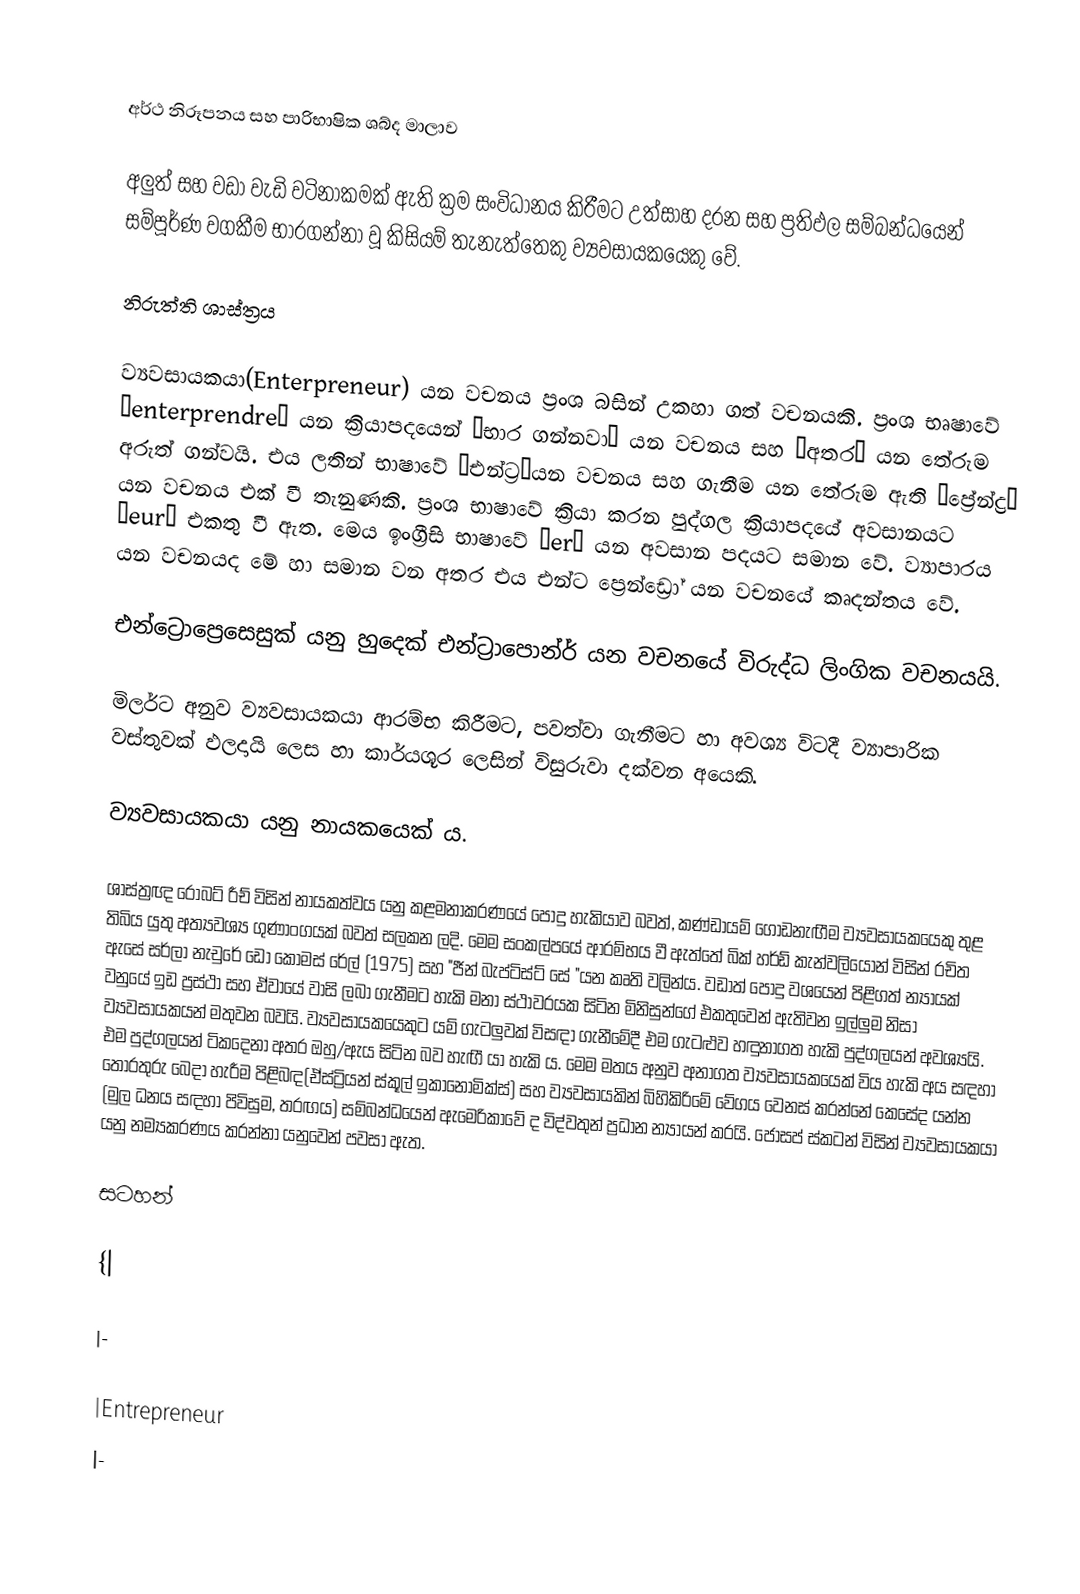

අර්ථ නිරූපනය සහ පාරිභාෂික ශබ්ද මාලාව

අලුත් සහ වඩා වැඩි වටිනාකමක් ඇති ක්‍රම සංවිධානය කිරීමට උත්සාහ දරන සහ ප්‍රතිඵල සම්බන්ධයෙන් සම්පූර්ණ වගකීම භාරගන්නා වූ කිසියම් තැනැත්තෙකු ව්‍යවසායකයෙකු වේ.

නිරුත්ති ශාස්ත්‍රය

ව්‍යවසායකයා(Enterpreneur) යන වචනය ප්‍රංශ බසින් උකහා ගත් වචනයකි. ප්‍රංශ භෘෂාවේ “enterprendre” යන ක්‍රියාපදයෙන් “භාර ගන්නවා” යන වචනය සහ “අතර” යන තේරුම  අරුත් ගන්වයි. එය ලතින් භාෂාවේ “එන්ට්‍ර”යන වචනය සහ ගැනීම යන තේරුම  ඇති “ප්‍රේන්ද්‍ර” යන වචනය එක් වී තැනුණකි. ප්‍රංශ භාෂාවේ ක්‍රියා කරන පුද්ගල ක්‍රියාපදයේ අවසානයට “eur” එකතු වී ඇත. මෙය ඉංග්‍රීසි භාෂාවේ  “er”  යන අවසාන පදයට සමාන වේ. ව්‍යාපාරය යන වචනයද මේ හා සමාන වන අතර එය එන්ට ප්‍රෙන්ඩ්‍රෝ යන වචනයේ කෘදන්තය වේ.

එන්ට්‍රොප්‍රෙසෙසුක් යනු හුදෙක් එන්ට්‍රාපොන්ර්  යන වචනයේ විරුද්ධ ලිංගික වචනයයි.

මිලර්ට අනුව ව්‍යවසායකයා ආරම්භ කිරීමට, පවත්වා ගැනීමට හා අවශ්‍ය විටදී  ව්‍යාපාරික වස්තුවක් ඵලදායි ලෙස හා කාර්යශූර ලෙසින් විසුරුවා දක්වන අයෙකි.

ව්‍යවසායකයා යනු නායකයෙක් ය.

ශාස්ත්‍රඥ රොබට්  රීච් විසින් නායකත්වය යනු කළමනාකරණයේ පොදු හැකියාව ‍බවත්, කණ්ඩායම් ගොඩනැඟීම ව්‍යවසායකයෙකු තුළ තිබිය යුතු අත්‍යවශ්‍ය ගුණාංගයක් බවත් සලකන ලදි. මෙම සංකල්පයේ ආරම්භය වී ඇත්තේ බික් හර්ඩ්  කැන්වලියෝන් විසින් රචිත  ඇසේ සර්ලා නැචුරේ ඩෝ කොමස් රේල් (1975)  සහ "ජීන් බැප්ටිස්ට් සේ "යන කෘති වලින්ය. වඩාත් පොදු වශයෙන් පිළිගත් න්‍යායක් වනුයේ ඉඩ ප්‍රස්ථා සහ ඒවායේ වාසි ලබා ගැනීමට හැකි මනා ස්ථාවරයක සිටින  මිනිසුන්ගේ එකතුවෙන් ඇතිවන ඉල්ලුම නිසා ව්‍යවසායකයන් මතුවන බවයි. ව්‍යවසායකයෙකුට යම් ගැටලුවක් විසඳා ගැනීමේදී එම ගැටළුව හඳුනාගත හැකි  පුද්ගලයන් අවශ්‍යයි. එම පුද්ගලයන් ටිකදෙනා අතර ඔහු/ඇය සිටින බව හැඟී යා හැකි ය. මෙම මතය අනුව අනාගත ව්‍යවසායකයෙක් විය හැකි අය සඳහා තොරතුරු බෙදා හැරීම පිළිබඳ(ඒස්ට්‍රියන් ස්කූල් ඉකානොමික්ස්) සහ ව්‍යවසායකින් බිහිකිරිමේ වේගය වෙනස් කරන්නේ කෙසේද යන්න (මුල ධනය සඳහා පිවිසුම, තරඟය) සම්බන්ධයෙන් ඇමෙරිකාවේ ද විද්වතුන් ප්‍රධාන න්‍යායන් කරයි. ජෝසප් ස්කටන් විසින් ව්‍යවසායකයා යනු නම්‍යකරණය කරන්නා යනුවෙන් පවසා ඇත.

සටහන්

{|

|-

|Entrepreneur
|-